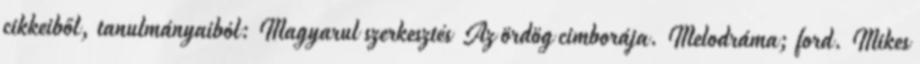
cikkeiből, tanulmányaiból: Magyarul szerkesztés Az ördög cimborája. Melodráma; ford. Mikes